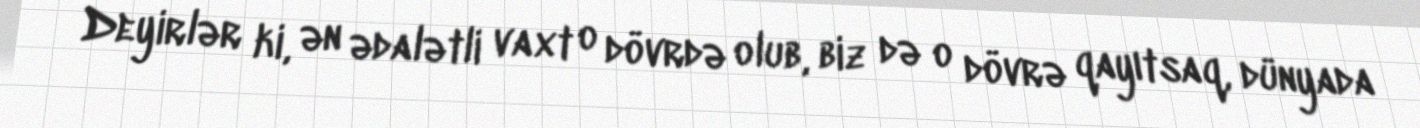
Deyirlər ki, ən ədalətli vaxt o dövrdə olub, biz də o dövrə qayıtsaq, dünyada